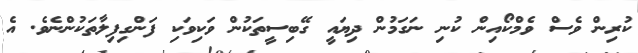
ކުރިން ވެސް ވެމްކޯއިން ކުނި ނަގަމުން ދިޔައީ ގޭބިސީތަކުން ވަކިވަކި ފަންގިފިލާތަކުންނެވެ. އެ